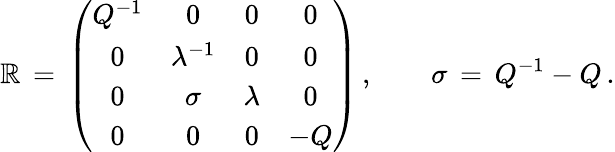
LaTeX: \mathbb{R}\, =\, \left(\begin{array}{cccc}{{Q^{-1}}}&{{0}}&{{0}}&{{0}}\\ {{0}}&{{\lambda^{-1}}}&{{0}}&{{0}}\\ {{0}}&{{\sigma}}&{{\lambda}}&{{0}}\\ {{0}}&{{0}}&{{0}}&{{-Q}}\end{array}\right)\, ,\qquad\sigma\, =\, Q^{-1}-Q\, .